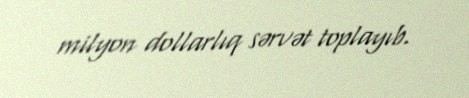
milyon dollarlıq sərvət toplayıb.